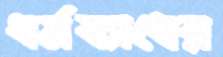
ধর্মব্যাধের